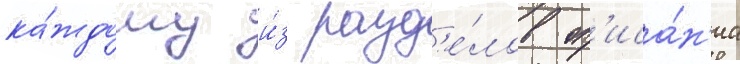
ка́ждому и́з разд'е́лов оп'иса́н'иа